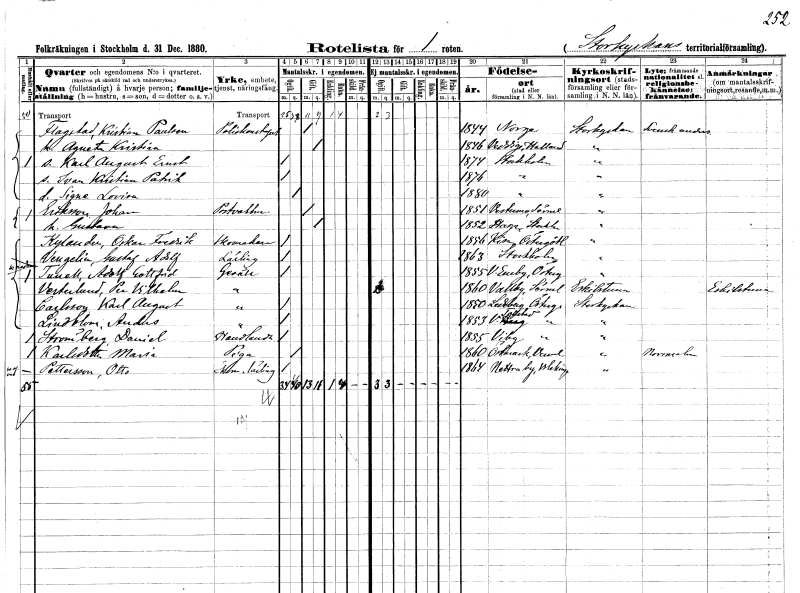
gt_parse: households: individuals: FN: Kristian
EN: Flagstad Paulsson
YRKE: Poliskonstapel
KON: M
CIV: G
FODAR: 1844
FN: Augusta Kristina
KON: K
CIV: G
FODAR: 1846
FODFORS: Veddige Hallands län
FN: Karl August Ernst
KON: M
CIV: O
FODAR: 1874
FODFORS: Stockholm
FN: Ivan Kristian Patrik
KON: M
CIV: O
FODAR: 1876
FODFORS: Stockholm
FN: Signe Lovisa
KON: K
CIV: O
FODAR: 1880
FODFORS: Stockholm
FN: Johan
EN: Eriksson
YRKE: Portvakt
KON: M
CIV: G
FODAR: 1851
FODFORS: Västermo Södermanlands län
FN: Gustava
KON: K
CIV: G
FODAR: 1852
FODFORS: Haga Stockholms län
FN: Oskar Fredrik
EN: Kylander
YRKE: Skomakare
KON: M
CIV: O
FODAR: 1856
FODFORS: Kisa Östergötlands län
FN: Gustaf Adolf
EN: Vengelin
YRKE: Lärling
KON: M
CIV: O
FODAR: 1863
FODFORS: Stockholm
FN: Adolf Gottfrid
EN: Tunell
YRKE: Gesäll
KON: M
CIV: O
FODAR: 1855
FODFORS: Västra Eneby Östergötlands län
FN: Per Vilhelm
EN: Vesterlund
YRKE: Gesäll
KON: M
CIV: O
FODAR: 1860
FODFORS: Vallby Södermanlands län
FN: Karl August
EN: Carlsson
YRKE: Gesäll
KON: M
CIV: O
FODAR: 1850
FODFORS: Ledberg Östergötlands län
FN: Anders
EN: Lindblom
YRKE: Gesäll
KON: M
CIV: O
FODAR: 1853
FODFORS: Västra Tollstad Östergötlands län
FN: Otto
EN: Pettersson
YRKE: Skomakarelärling
KON: M
CIV: O
FODAR: 1864
FODFORS: Nättraby Blekinge län
FN: Daniel
EN: Strömberg
YRKE: Handlande
KON: M
CIV: O
FODAR: 1855
FODFORS: Viby Östergötlands län
FN: Maria
EN: Karlsdotter
YRKE: Piga
KON: K
CIV: O
FODAR: 1860
FODFORS: Östmark Värmlands län